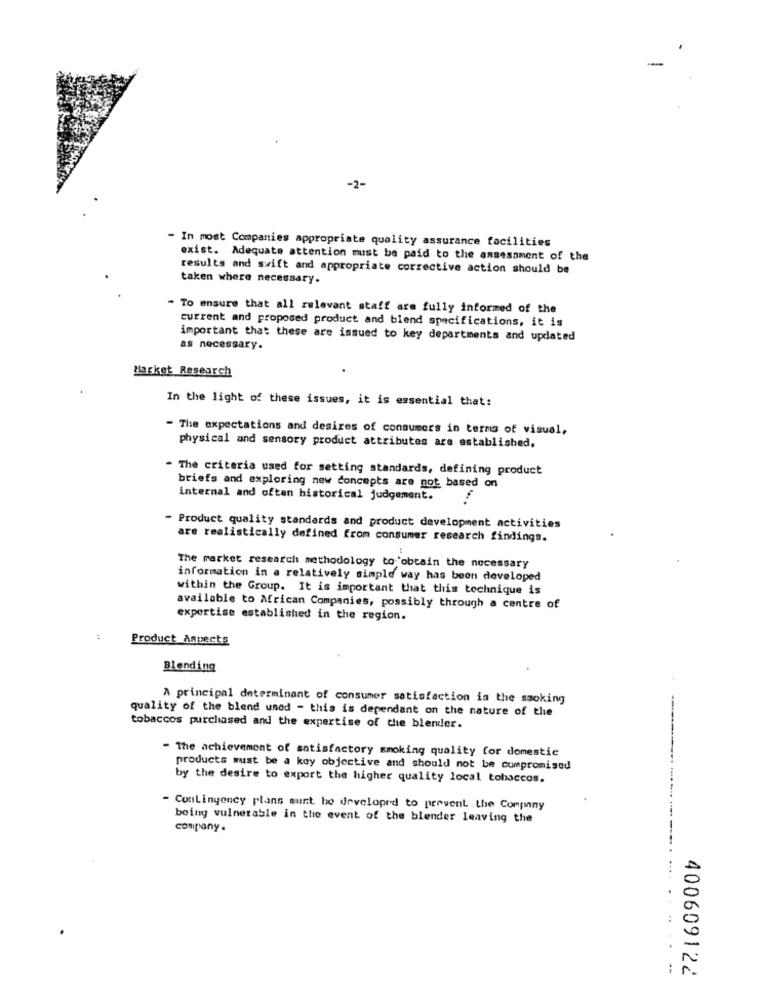
-2-
In most Companies appropriate quality assurance facilities
exist. Adequate attention must be paid to the assessment of the
results and swift and appropriate corrective action should be
taken where necessary.
To ensure that all relevant staff are fully informed of the
current and proposed product and blend specifications, it is
important that these are issued to key departments and updated
as necessary.
Market Research
In the light of these issues, it is essential that:
- The expectations and desires of consumers in terms of visual,
physical and sensory product attributes are established,
- The criteria used for setting standards, defining product
briefs and exploring new concepts are not based on
internal and often historical judgement.
- Product quality standards and product development activities
are realistically defined from consumer research findings.
The market research methodology to obtain the necessary
information in a relatively simple way has been developed
within the Group. It is important that this technique is
available to African Companies, possibly through a centre of
expertise established in the region.
Product Aspects
Blending
A principal determinant of consumer satisfaction is the smoking
quality of the blend uned - this is dependant on the nature of the
tobaccos purchased and the expertise of the blender.
- The achievement of satisfactory smoking quality for domestic
products must be a key objective and should not be compromised
by the desire to export the higher quality local tobaccos.
- Contingency plans aunt be developed to prevent the Company
being vulnerable in the event of the blender leaving the
company.
400609122